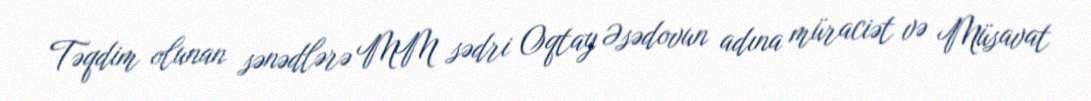
Təqdim olunan sənədlərə MM sədri Oqtay Əsədovun adına müraciət və Müsavat